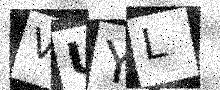
Text: VUYL